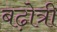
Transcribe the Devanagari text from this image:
बढ़ोत्री